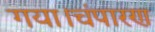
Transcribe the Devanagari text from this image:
गया।चंपारण